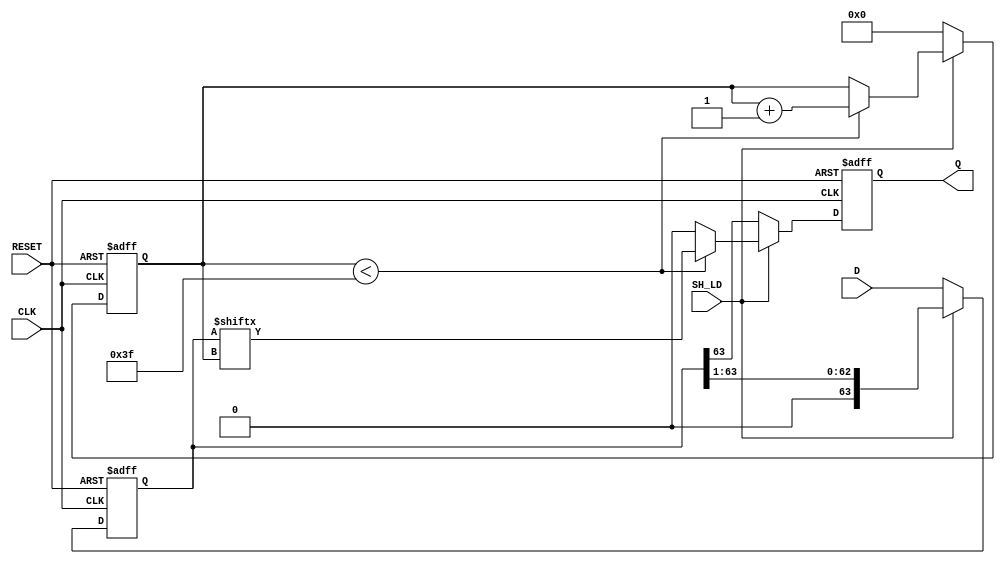
module piso_register (
    input wire [63:0] D,         // 64-bit data input
    input wire SH_LD,            // Shift/Load control signal
    input wire CLK,              // Clock signal
    input wire RESET,            // Asynchronous reset signal
    output reg Q                 // Serial output
);

    reg [63:0] shift_reg;        // Internal shift register
    reg [5:0] bit_count;         // Counter for bit shifting (0 to 63)

    // Asynchronous reset
    always @(posedge CLK or posedge RESET) begin
        if (RESET) begin
            shift_reg <= 64'b0;   // Clear shift register
            Q <= 1'b0;            // Clear serial output
            bit_count <= 6'b0;    // Reset bit counter
        end else begin
            if (SH_LD == 1'b0) begin  // Load mode
                shift_reg <= D;     // Load data into shift register
                Q <= shift_reg[63]; // Set Q to the MSB of the shift register
                bit_count <= 6'b0;  // Reset bit counter
            end else begin            // Shift mode
                if (bit_count < 6'd63) begin
                    Q <= shift_reg[bit_count]; // Output the current bit
                    bit_count <= bit_count + 1; // Increment the bit counter
                end else begin
                    Q <= 1'b0; // After all bits are shifted out, set Q to 0
                end
                shift_reg <= {1'b0, shift_reg[63:1]}; // Shift right
            end
        end
    end

endmodule